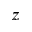
z